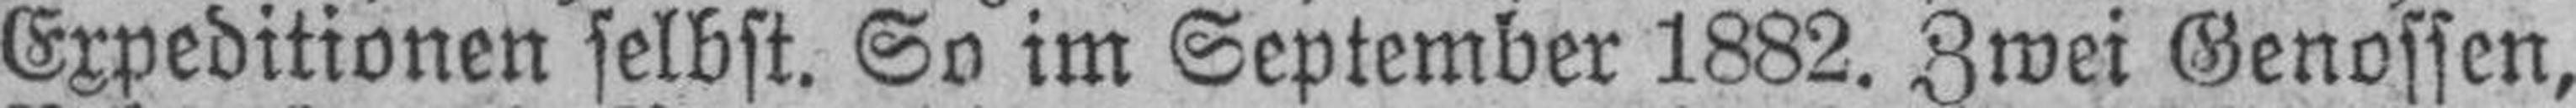
Expeditionen selbst. So im September 1882. Zwei Genossen,